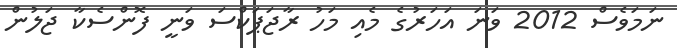
ނަމަވެސް 2012 ވަނަ އަހަރުގެ މެއި މަހު ރާޖަަޕަކްސަ ވަނީ ފޮންސެކާ ޖަލުން